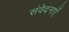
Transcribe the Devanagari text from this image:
संवेदनाऍं